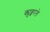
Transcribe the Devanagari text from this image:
क्यूब्बरले